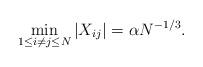
LaTeX: \begin{align*} \displaystyle \min_{1\leq i \neq j \leq N} \left|X_{ij}\right| = \alpha N^{-1/3}. \end{align*}